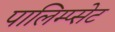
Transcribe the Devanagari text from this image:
पालिम्प्सेट